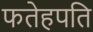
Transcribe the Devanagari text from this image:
फतेहपति